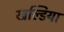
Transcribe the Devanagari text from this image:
खल्डिया